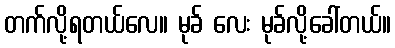
တက်လို့ရတယ်လေ။ မုခ် လေး မုခ်လို့ခေါ်တယ်။